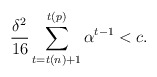
\begin{align*}\frac{\delta^2}{16}\sum_{t=t(n)+1}^{t(p)}\alpha^{t-1}< c.\end{align*}